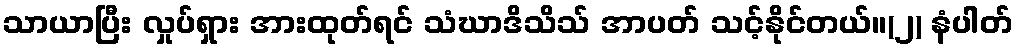
သာယာပြီး လှုပ်ရှား အားထုတ်ရင် သံဃာဒိသိသ် အာပတ် သင့်နိုင်တယ်။(၂) နံပါတ်